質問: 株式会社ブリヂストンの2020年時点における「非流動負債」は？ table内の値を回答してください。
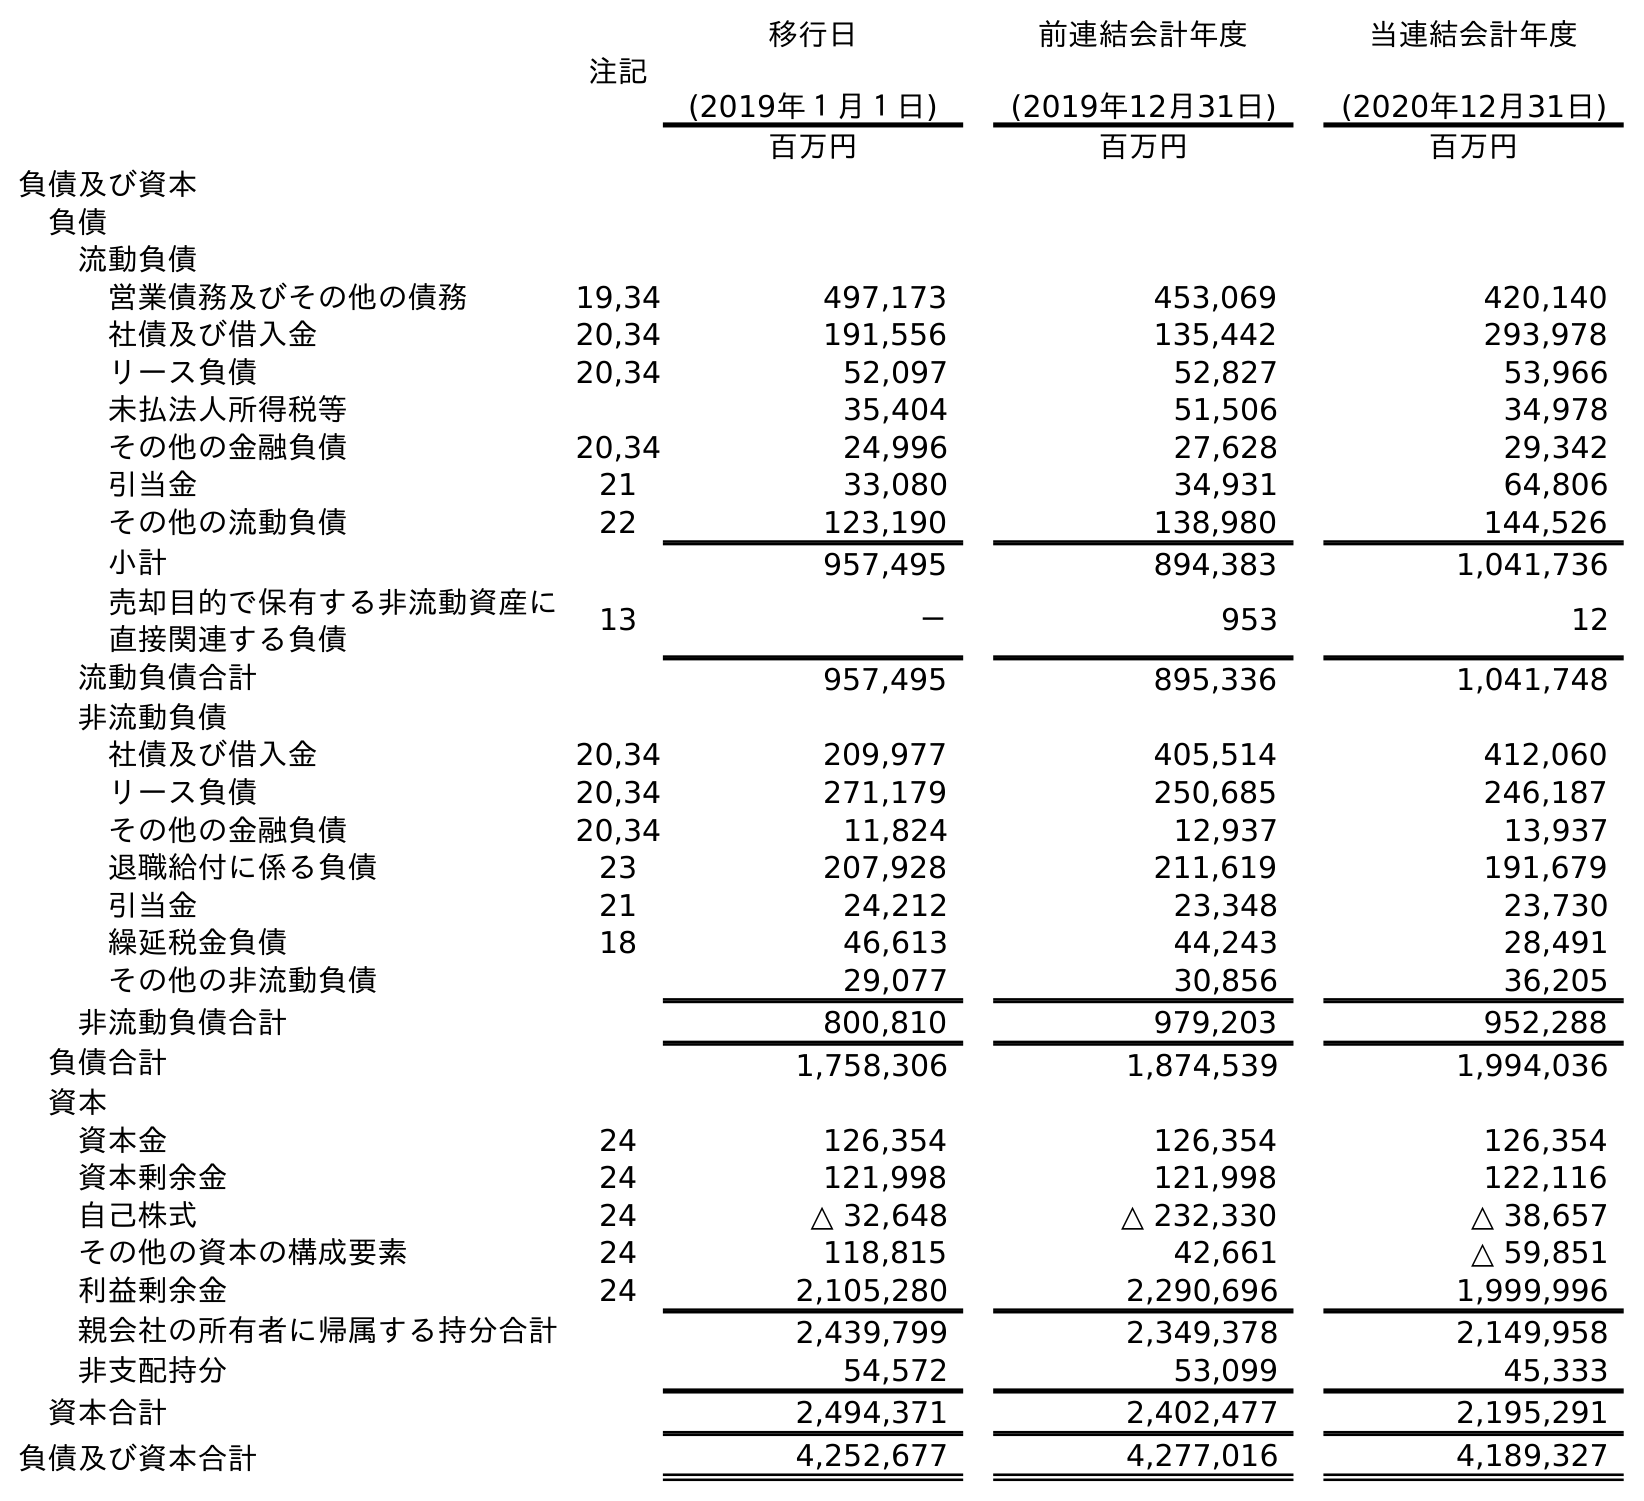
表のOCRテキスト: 注記 移行日 (2019年１月１日) 前連結会計年度 (2019年12月31日) 当連結会計年度 (2020年12月31日) 百万円 百万円 百万円 負債及び資本 負債 流動負債 営業債務及びその他の債務 19,34 497,173 453,069 420,140 社債及び借入金 20,34 191,556 135,442 293,978 リース負債 20,34 52,097 52,827 53,966 未払法人所得税等 35,404 51,506 34,978 その他の金融負債 20,34 24,996 27,628 29,342 引当金 21 33,080 34,931 64,806 その他の流動負債 22 123,190 138,980 144,526 小計 957,495 894,383 1,041,736 売却目的で保有する非流動資産に 直接関連する負債 13 － 953 12 流動負債合計 957,495 895,336 1,041,748 非流動負債 社債及び借入金 20,34 209,977 405,514 412,060 リース負債 20,34 271,179 250,685 246,187 その他の金融負債 20,34 11,824 12,937 13,937 退職給付に係る負債 23 207,928 211,619 191,679 引当金 21 24,212 23,348 23,730 繰延税金負債 18 46,613 44,243 28,491 その他の非流動負債 29,077 30,856 36,205 非流動負債合計 800,810 979,203 952,288 負債合計 1,758,306 1,874,539 1,994,036 資本 資本金 24 126,354 126,354 126,354 資本剰余金 24 121,998 121,998 122,116 自己株式 24 △ 32,648 △ 232,330 △ 38,657 その他の資本の構成要素 24 118,815 42,661 △ 59,851 利益剰余金 24 2,105,280 2,290,696 1,999,996 親会社の所有者に帰属する持分合計 2,439,799 2,349,378 2,149,958 非支配持分 54,572 53,099 45,333 資本合計 2,494,371 2,402,477 2,195,291 負債及び資本合計 4,252,677 4,277,016 4,189,327
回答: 952,288